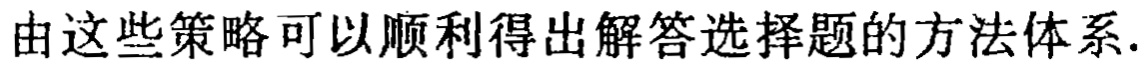
由这些策略可以顺利得出解答选择题的方法体系.